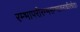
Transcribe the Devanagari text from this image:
रम्भापरीरम्भसम्भावनाधीरचेताः